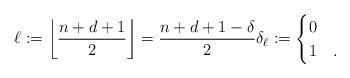
LaTeX: \begin{align*}\ell := \left\lfloor \frac{n+d+1}{2} \right\rfloor = \frac{n + d + 1 - \delta}{2} \delta_{\ell} := \begin{cases} 0 & \\ 1 & . \end{cases}\end{align*}